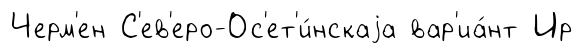
Черм'ен С'ев'еро-Ос'ет'и́нскаjа вар'иа́нт Ир